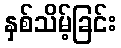
နှစ်သိမ့်ခြင်း